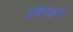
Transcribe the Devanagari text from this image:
सकच्छगं